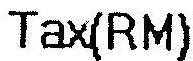
TAX(RM)